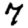
Digit: 7